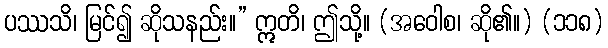
ပဿသိ၊ မြင်၍ ဆိုသနည်း။” ဣတိ၊ ဤသို့။ (အဝေါစ၊ ဆို၏။) (၁၁၈)